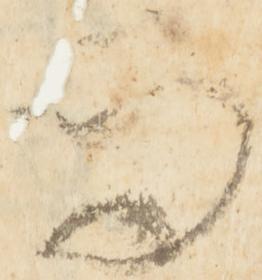
而